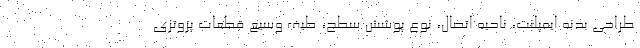
طراحی بدنه ايمپلنت، ناحیه اتصال، نوع پوشش سطح، طيف وسیع قطعات پروتزی